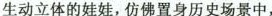
生动立体的娃娃，仿佛置身历史场景中，